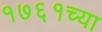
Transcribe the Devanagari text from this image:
१७६१च्या